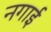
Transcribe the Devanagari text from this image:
नगाई